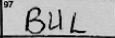
Transcription: BUL